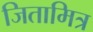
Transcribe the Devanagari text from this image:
जितामित्र